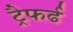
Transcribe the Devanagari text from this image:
ट्रैफर्ढ